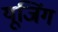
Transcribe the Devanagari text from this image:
यूजिंग